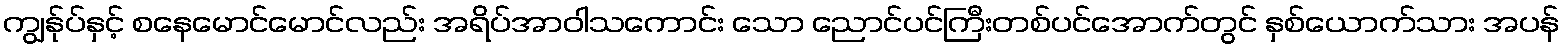
ကျွန်ုပ်နှင့် စနေမောင်မောင်လည်း အရိပ်အာဝါသကောင်း သော ညောင်ပင်ကြီးတစ်ပင်အောက်တွင် နှစ်ယောက်သား အပန်